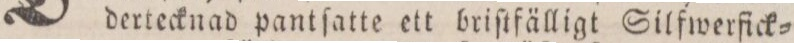
dertecknad pantſatte ett briſtfälligt Silfwerfick=